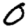
Digit: 0